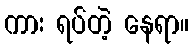
ကား ရပ်တဲ့ နေရာ။